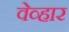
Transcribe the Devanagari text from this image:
वेव्हार